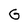
Character: G